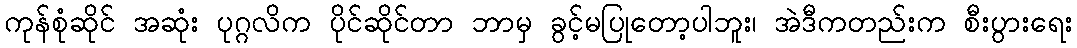
ကုန်စုံဆိုင် အဆုံး ပုဂ္ဂလိက ပိုင်ဆိုင်တာ ဘာမှ ခွင့်မပြုတော့ပါဘူး၊ အဲဒီကတည်းက စီးပွားရေး